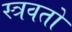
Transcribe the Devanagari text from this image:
स्त्रवतो